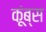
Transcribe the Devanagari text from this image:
कूंब्स